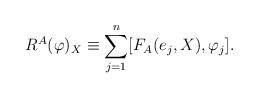
LaTeX: \begin{align*}R^{A}(\varphi)_{X}\equiv\sum_{j=1}^{n}[F_{A}(e_{j},X),\varphi_{j}].\end{align*}